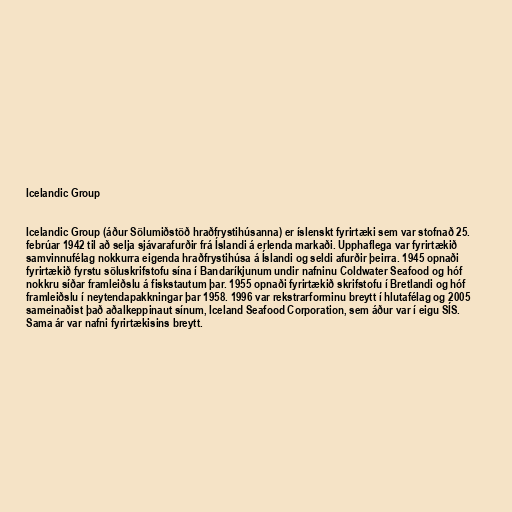
Icelandic Group

Icelandic Group (áður Sölumiðstöð hraðfrystihúsanna) er íslenskt fyrirtæki sem var stofnað 25.
febrúar 1942 til að selja sjávarafurðir frá Íslandi á erlenda markaði. Upphaflega var fyrirtækið
samvinnufélag nokkurra eigenda hraðfrystihúsa á Íslandi og seldi afurðir þeirra. 1945 opnaði
fyrirtækið fyrstu söluskrifstofu sína í Bandaríkjunum undir nafninu Coldwater Seafood og hóf
nokkru síðar framleiðslu á fiskstautum þar. 1955 opnaði fyrirtækið skrifstofu í Bretlandi og hóf
framleiðslu í neytendapakkningar þar 1958. 1996 var rekstrarforminu breytt í hlutafélag og 2005
sameinaðist það aðalkeppinaut sínum, Iceland Seafood Corporation, sem áður var í eigu SÍS.
Sama ár var nafni fyrirtækisins breytt.